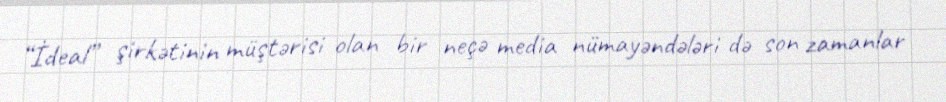
“İdeal” şirkətinin müştərisi olan bir neçə media nümayəndələri də son zamanlar